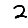
Digit: 2